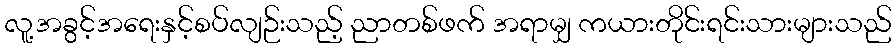
လူ့အခွင့်အရေးနှင့်စပ်လျဉ်းသည့် ညာတစ်ဖက် အရာမျှ ကယားတိုင်းရင်းသားများသည်